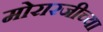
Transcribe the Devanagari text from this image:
मोरारजीच्या